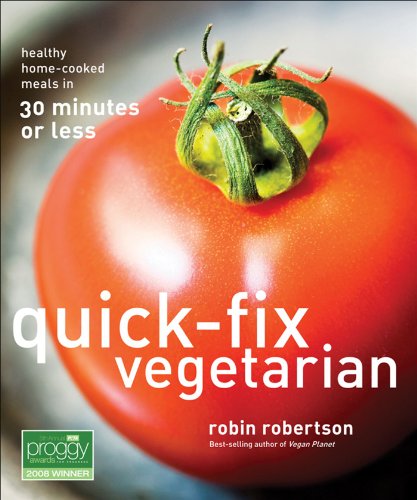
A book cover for Quick-Fix Vegetarian: Healthy Home-Cooked Meals in 30 Minutes or Less; Robin Robertson; Cookbooks, Food & Wine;